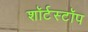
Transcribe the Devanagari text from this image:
शॉर्टस्टॉप